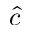
\hat { c }